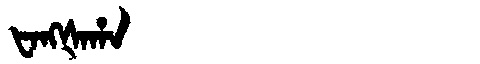
Manchu: ᡶᠠᠩᡧᠠᡥᠠ
Romanization: FANGŠAHA